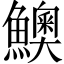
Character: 𩼈